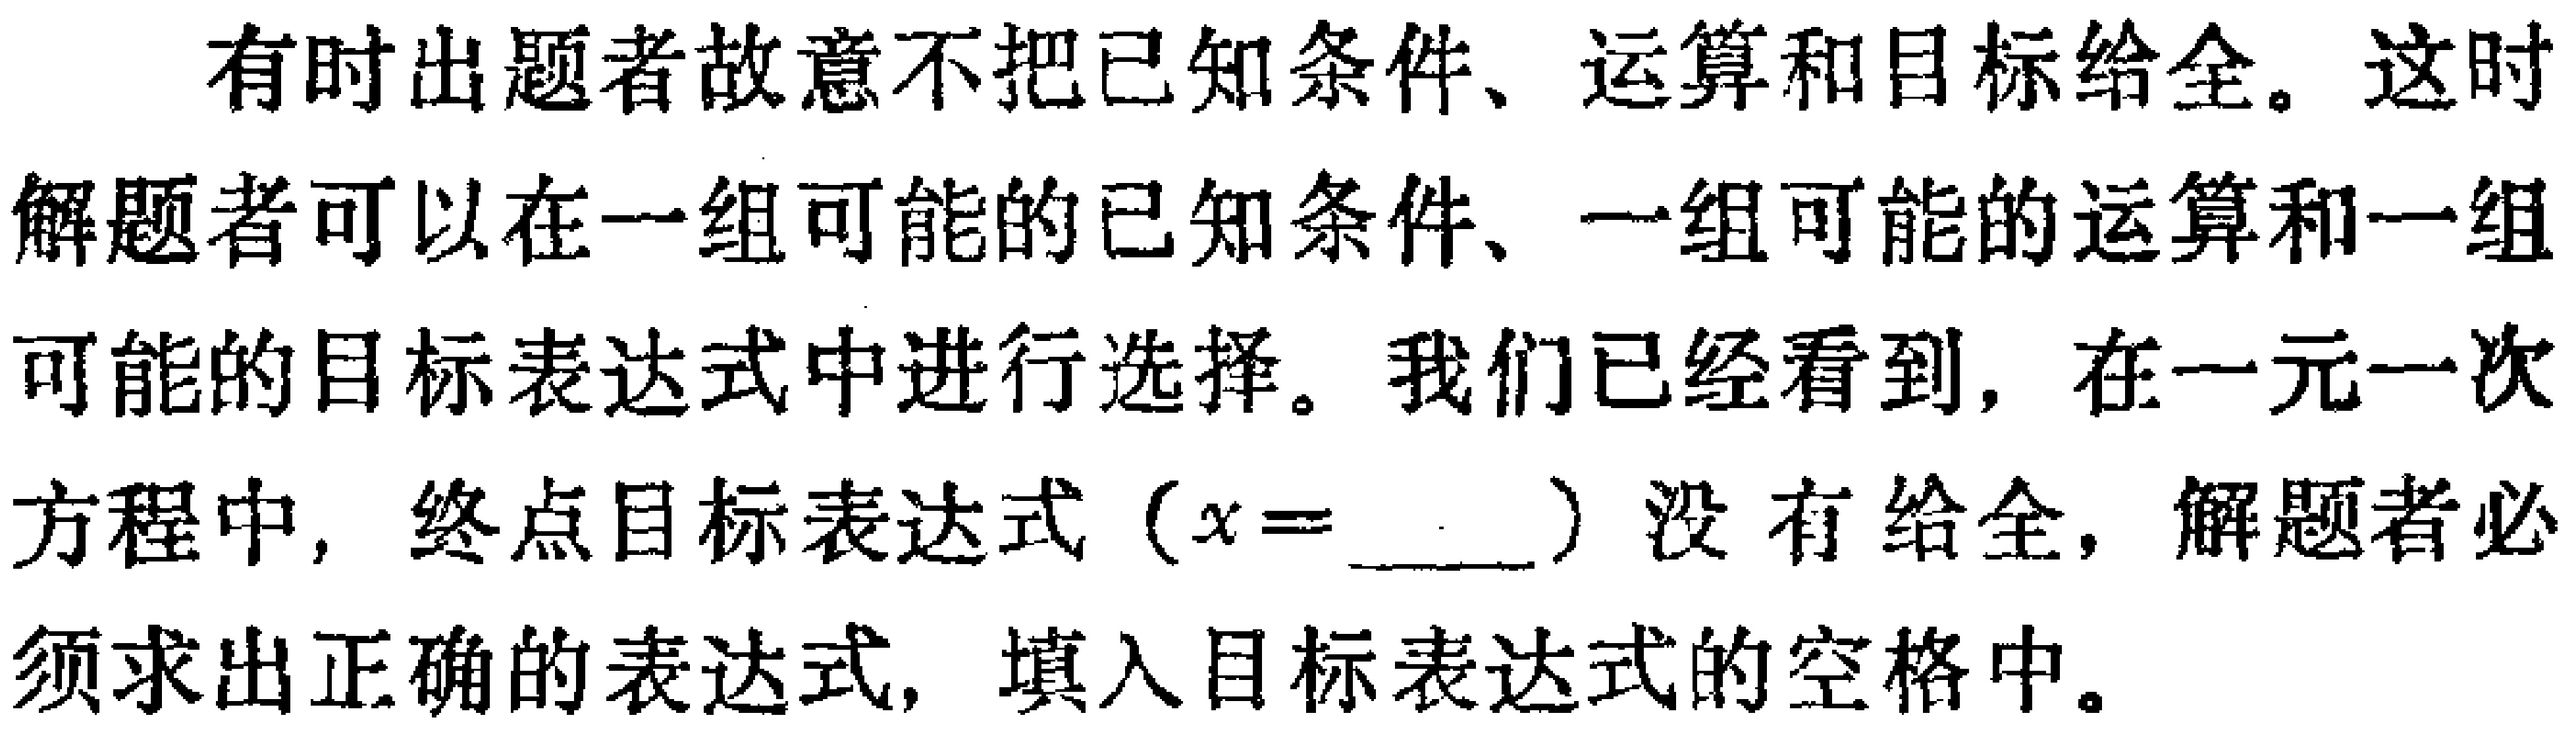
有时出题者故意不把已知条件、运算和目标给全。这时解题者可以在一组可能的已知条件、一组可能的运算和一组可能的目标表达式中进行选择。我们已经看到，在一元一次方程中，终点目标表达式（\(x = \_\_\)）没有给全，解题者必须求出正确的表达式，填入目标表达式的空格中。